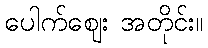
ပေါက်ဈေး အတိုင်း။